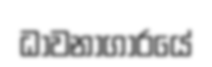
ධාවනාගාරයේ